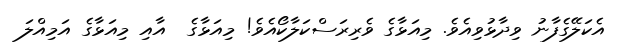
އެކަލޭގެފާނު ވިދާޅުވިއެވެ. މިއަޅާގެ ވެރިރަސްކަލާކޯއެވެ! މިއަޅާގެ  އާއި މިއަޅާގެ އަމިއްލަ